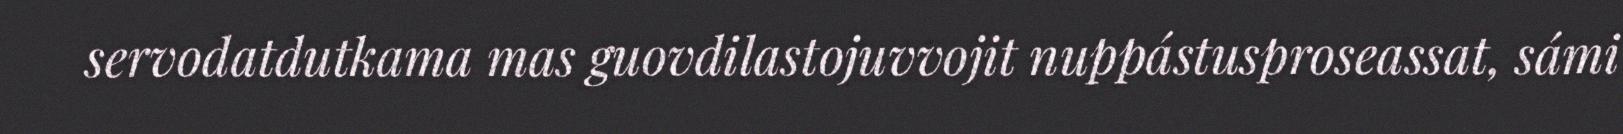
servodatdutkama mas guovdilastojuvvojit nuppástusproseassat, sámi